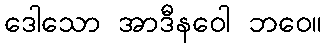
ဒေါသော အာဒီနဝေါ ဘဝေ။